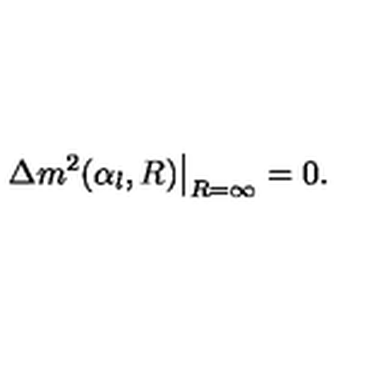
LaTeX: \Delta m ^ { 2 } ( \alpha _ { l } , R ) \big | _ { R = \infty } = 0 .